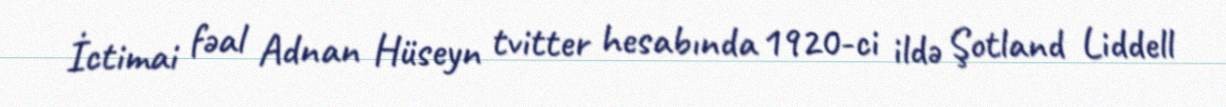
İctimai fəal Adnan Hüseyn tvitter hesabında 1920-ci ildə Şotland Liddell